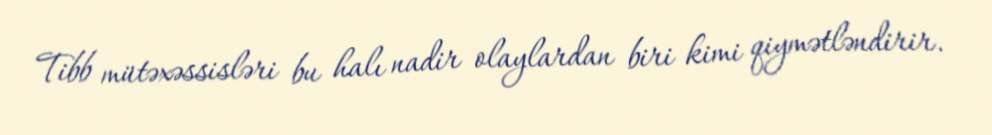
Tibb mütəxəssisləri bu halı nadir olaylardan biri kimi qiymətləndirir.